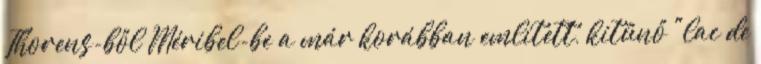
Thorens-ből Méribel-be a már korábban említett, kitűnő "lac de